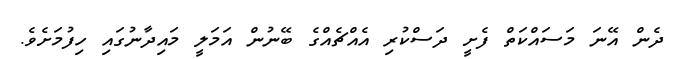
ދެން އޭނަ މަސައްކަތް ފެށީ ދަސްކުރި އެއްޗެއްގެ ބޭނުން އަމަލީ މައިދާނުގައި ހިފުމަށެވެ.